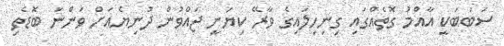
ސަބަބަކީ އާއްމު ގޮތެއްގައި ގިނިހިލައިގެ ވާރޭ ކިޔަނީ ޖައްވުން ދުނިޔެއަށް ވަންނަ ބޮޑެތި